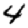
Digit: 4